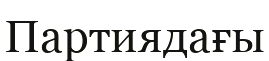
Партиядағы